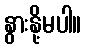
နွားနို့မပါ။